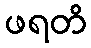
ဖရတိ